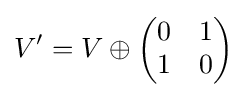
V'=V\oplus {\begin{pmatrix}0&1\\1&0\end{pmatrix}}